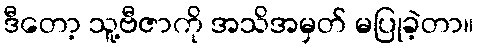
ဒီတော့ သူ့ဗီဇာကို အသိအမှတ် မပြုခဲ့တာ။